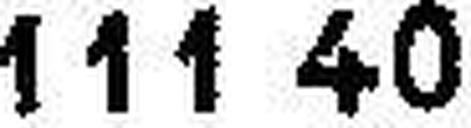
111.40